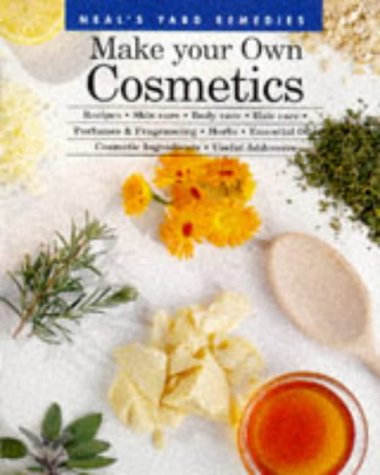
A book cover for Make Your Own Cosmetics: Recipes, Skin Care, Body Care, Hair Care, Perfumes, and Fragrancing, Herbs, Essential Oils, Cosmetic Ingredients... (Neal's Yard Remedies); Neal's Yard Remedies; Health, Fitness & Dieting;